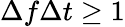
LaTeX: \Delta f\Delta t\geq 1